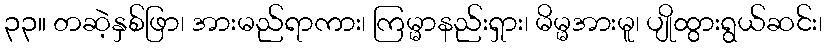
၃၃။ တဆဲ့နှစ်ဖြာ၊ အားမည်ရာကား၊ ကြမ္မာနည်းရှား၊ မိမ္မအားမူ၊ ပျိုထွားရွယ်ဆင်း၊